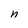
Character: n